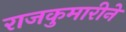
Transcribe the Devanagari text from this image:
राजकुमारीने